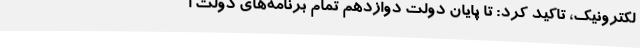
لکترونیک، تاکید کرد: تا پایان دولت دوازدهم تمام برنامه‌های دولت ا